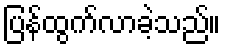
ပြန်ထွက်လာခဲ့သည်။